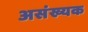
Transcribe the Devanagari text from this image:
असंख्यक